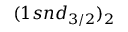
( 1 s n d _ { 3 / 2 } ) _ { 2 }